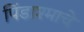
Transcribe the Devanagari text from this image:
पिंडाश्माचे